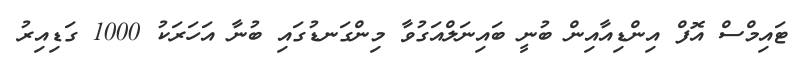
ޓައިމްސް އޮފް އިންޑިއާއިން ބުނީ ބައިނަލްއަގުވާ މިންގަނޑުގައި ބުނާ އަހަރަކު 1000 ގަޑިއިރު